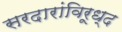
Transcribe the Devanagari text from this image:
सरदारांविरूध्द